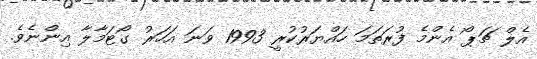
އެލް ޗަޕޯ އެންމެ ފުރަތަމަ ހައްޔަރުކުރީ 1993 ވަނަ އަހަރު ގޯޓަމާލާ އިންނެވެ.